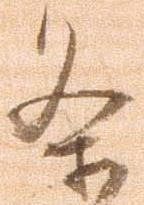
条